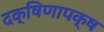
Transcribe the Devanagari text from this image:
दक्षिणापक्ष